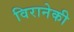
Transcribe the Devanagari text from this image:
विरानेकी